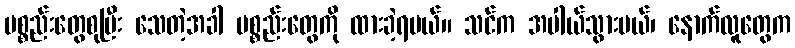
ပစ္စည်းတွေစုပြီး သေတဲ့အခါ ပစ္စည်းတွေကို ထားခဲ့ရမယ်။ သင်က အပါယ်သွားမယ်၊ နောက်လူတွေက